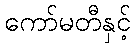
ကော်မတီနှင့်